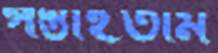
পস্তাইতাম